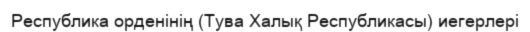
Республика орденінің (Тува Халық Республикасы) иегерлері